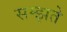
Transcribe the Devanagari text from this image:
सम्झते